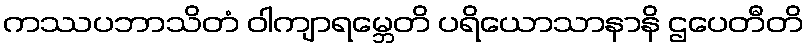
ကဿပဘာသိတံ ဝါကျာရမ္ဘေတိ ပရိယောသာနာနိ ဌပေတီတိ